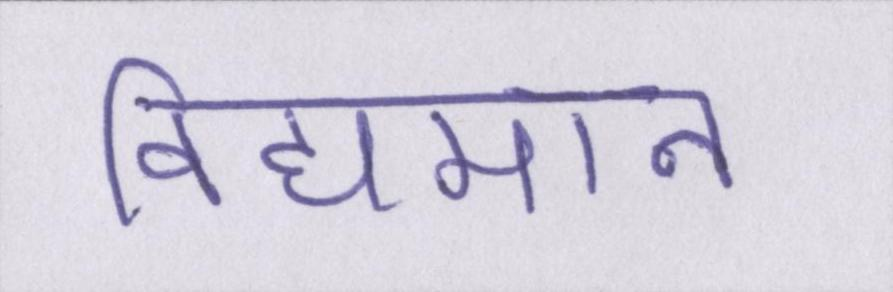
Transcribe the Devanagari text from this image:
विद्यमान